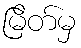
မြိတ်မှ